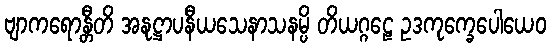
ဗျာကရောန္တီတိ အနုဋ္ဌာပနီယသေနာသနမ္ပိ တိယဂ္ဂဠေ ဥဒကုက္ခေပေါယေဝ